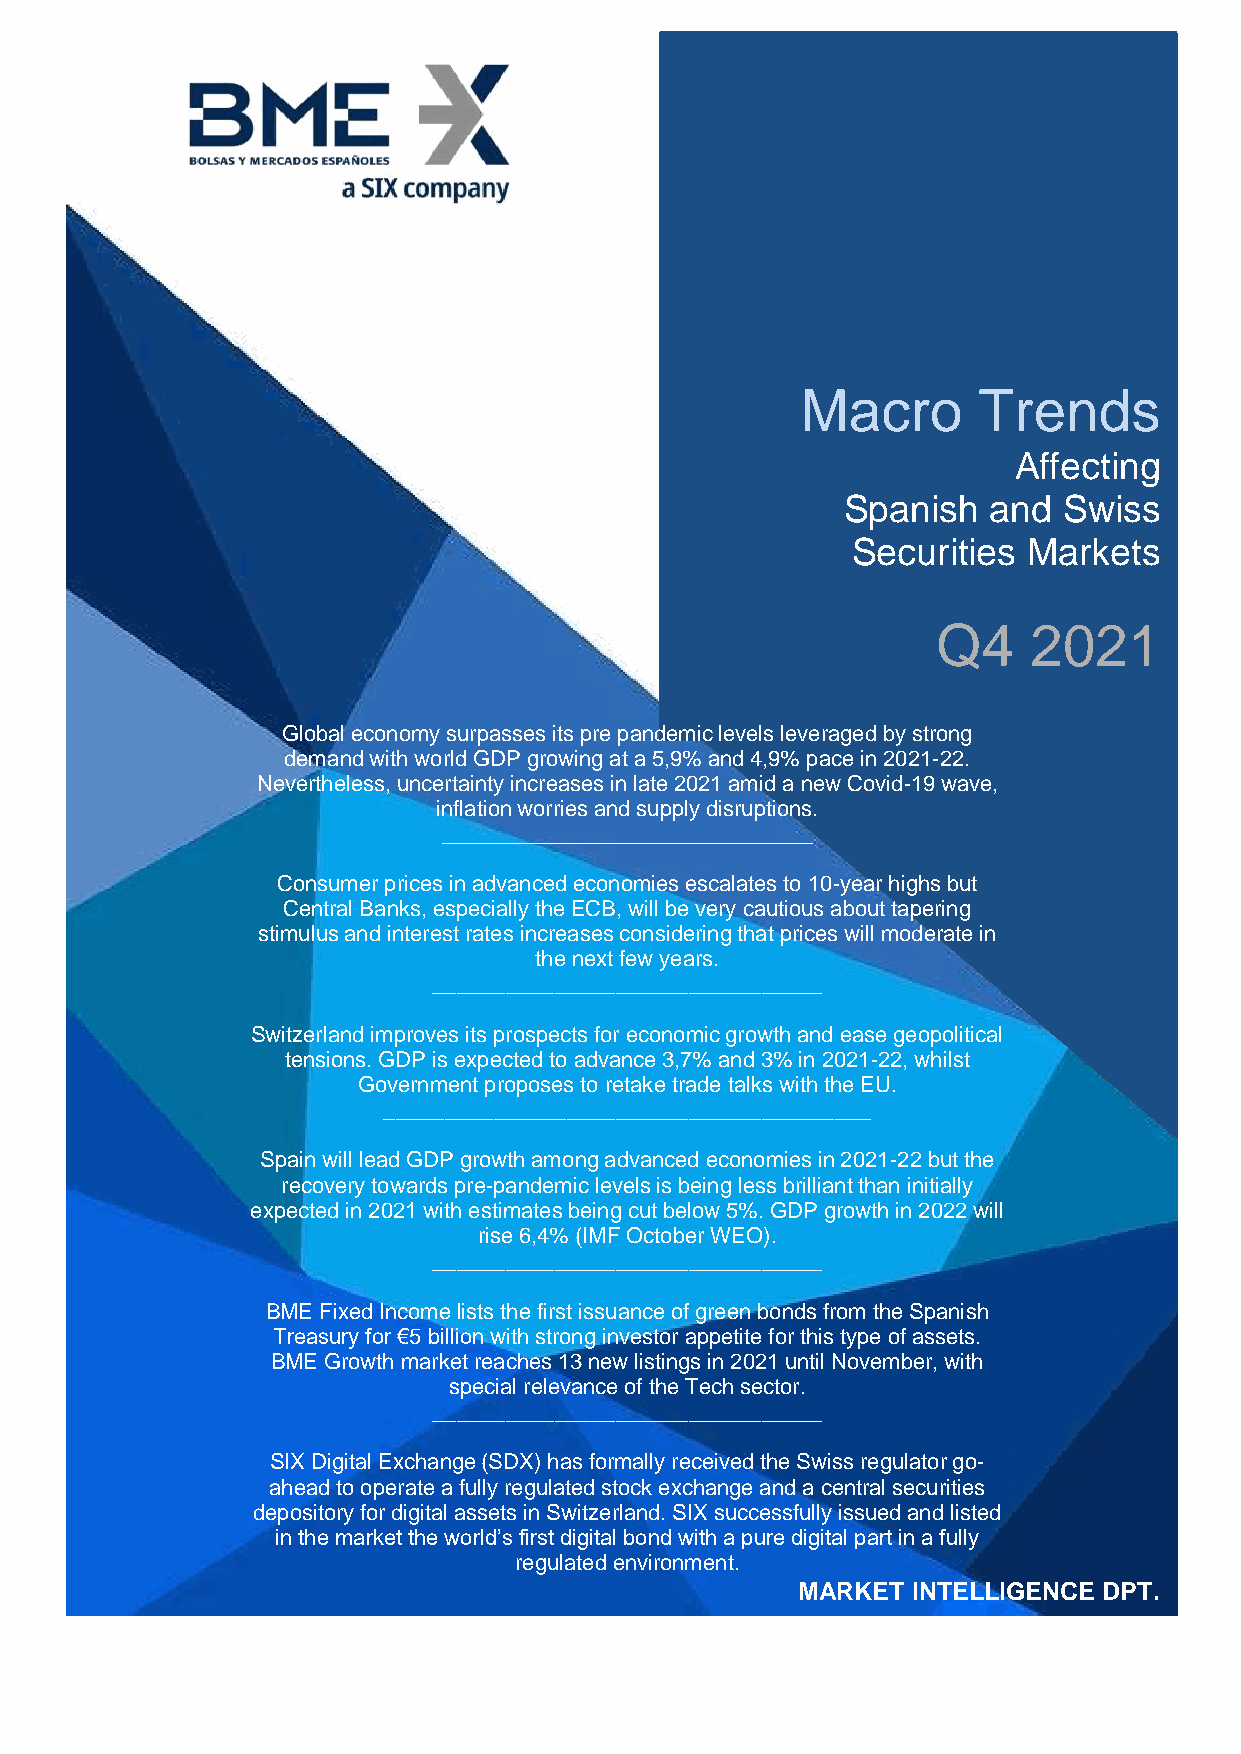
Macro       Trends
 Affecting
 Spanish   and Swiss
 Securities  Markets
 CORPORATE   RESEARCH  & IR
 QuarterlyRQep4o      2rt021
 Global economy surpasses its pre pandemic levels leveraged by strong
 demand with world GDP growing at a 5,9% and 4,9% pace in 2021-22.
 Nevertheless, uncertainty increases in late 2021 amid a new Covid-19 wave,
 inflation worries and supply disruptions.
 ________________________________
 Consumer prices in advanced economies escalates to 10-year highs but
 Central Banks, especially the ECB, will be very cautious about tapering
 stimulus and interest rates increases considering that prices will moderate in
 the next few years.
 ________________________________
 Switzerland improves its prospects for economic growth and ease geopolitical
 tensions. GDP is expected to advance 3,7% and 3% in 2021-22, whilst
 Government proposes to retake trade talks with the EU.
 ________________________________________
 Spain will lead GDP growth among advanced economies in 2021-22 but the
 recovery towards pre-pandemic levels is being less brilliant than initially
 expected in 2021 with estimates being cut below 5%. GDP growth in 2022 will
 rise 6,4% (IMF October WEO).
 ________________________________
 BME Fixed Incomelists the first issuance of green bonds from the Spanish
 Treasury for €5 billion with strong investor appetite for this type of assets.
 BME Growth market reaches 13 new listings in 2021 until November, with
 special relevance of the Tech sector.
 ________________________________
 SIX Digital Exchange (SDX) has formally received the Swiss regulator go-
 ahead to operate a fully regulated stock exchange and a central securities
 depository for digital assets in Switzerland. SIX successfully issued and listed
 in the market the world’s first digital bond with a pure digital part in a fully
 regulated environment.
 MARKET INTELLIGENCE DPT.